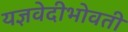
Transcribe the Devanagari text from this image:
यज्ञवेदीभोवती